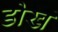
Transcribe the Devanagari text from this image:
डोखं